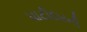
પાટીદારની